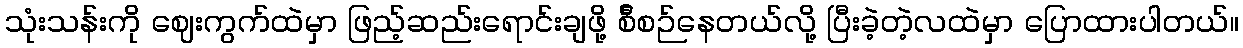
သုံးသန်းကို ဈေးကွက်ထဲမှာ ဖြည့်ဆည်းရောင်းချဖို့ စ်ီစဉ်နေတယ်လို့ ပြီးခဲ့တဲ့လထဲမှာ ပြောထားပါတယ်။